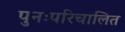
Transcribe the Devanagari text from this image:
पुनःपरिचालित